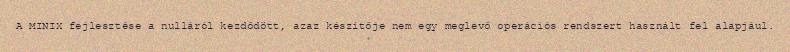
A MINIX fejlesztése a nulláról kezdődött, azaz készítője nem egy meglevő operációs rendszert használt fel alapjául.